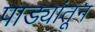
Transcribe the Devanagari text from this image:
पाड्यांतून